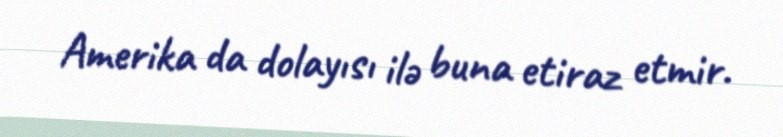
Amerika da dolayısı ilə buna etiraz etmir.